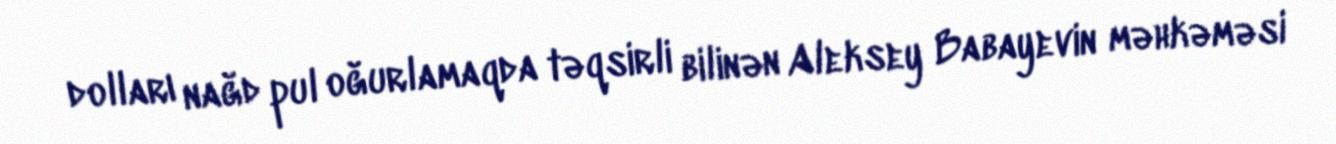
dolları nağd pul oğurlamaqda təqsirli bilinən Aleksey Babayevin məhkəməsi